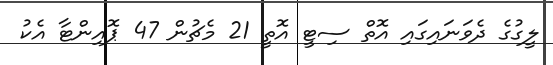
ލީގުގެ ދެވަނައިގައި އޮތް ސިޓީ އޮތީ 21 މެޗުން 47 ޕޮއިންޓާ އެކު